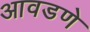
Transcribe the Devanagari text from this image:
आवडणे